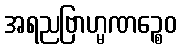
အရညဗြာဟ္မဏဉ္စေဝ